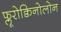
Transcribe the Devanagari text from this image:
फ्लूरोक्विनोलोन